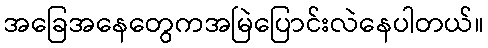
အခြေအနေတွေကအမြဲပြောင်းလဲနေပါတယ်။